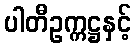
ပါတီဥက္ကဋ္ဌနှင့်